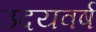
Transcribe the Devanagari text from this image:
उदयवर्ष